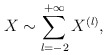
\begin{align*}X \sim \sum_{l=-2}^{+\infty} X^{(l)},\end{align*}